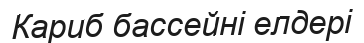
Кариб бассейні елдері